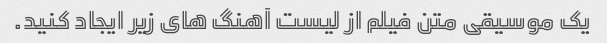
یک موسیقی متن فیلم از لیست آهنگ های زیر ایجاد کنید.